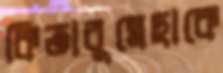
কিতাবুন্নেছাকে